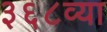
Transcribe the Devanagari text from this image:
३६८व्या